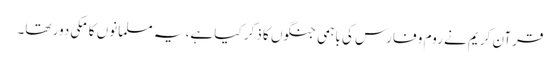
قرآن کریم نے روم و فارس کی باہمی جنگوں کا ذکر کیا ہے، یہ مسلمانوں کا مکی دور تھا۔